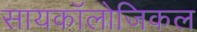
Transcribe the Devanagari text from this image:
सायकॉलोजिकल